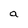
Character: a